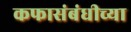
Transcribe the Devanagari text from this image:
कफासंबंधीच्या